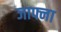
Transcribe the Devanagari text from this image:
जाफ्ना